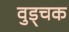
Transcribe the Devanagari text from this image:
वुड्चक